Document type: Sale
Year: 1440
Scribe: Pere Pau Pujades
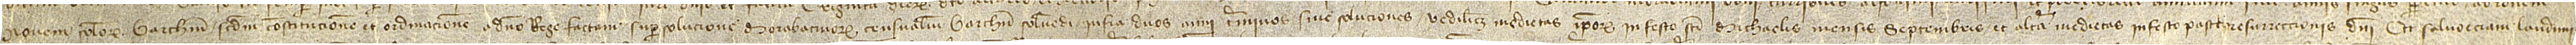
novem solidorum barchinonensium secundum constitucionem et ordinacionem a domino rege factam super solucione morabatinorum censualium Barchinone solvendi, infra duos anni terminos sive soluciones, videlicet, medietas ipsorum in festo Sancti Michaelis mensis septembris et altera medietas in festo Pasce Resurrectionis Domini. Et salvo etiam laudimis